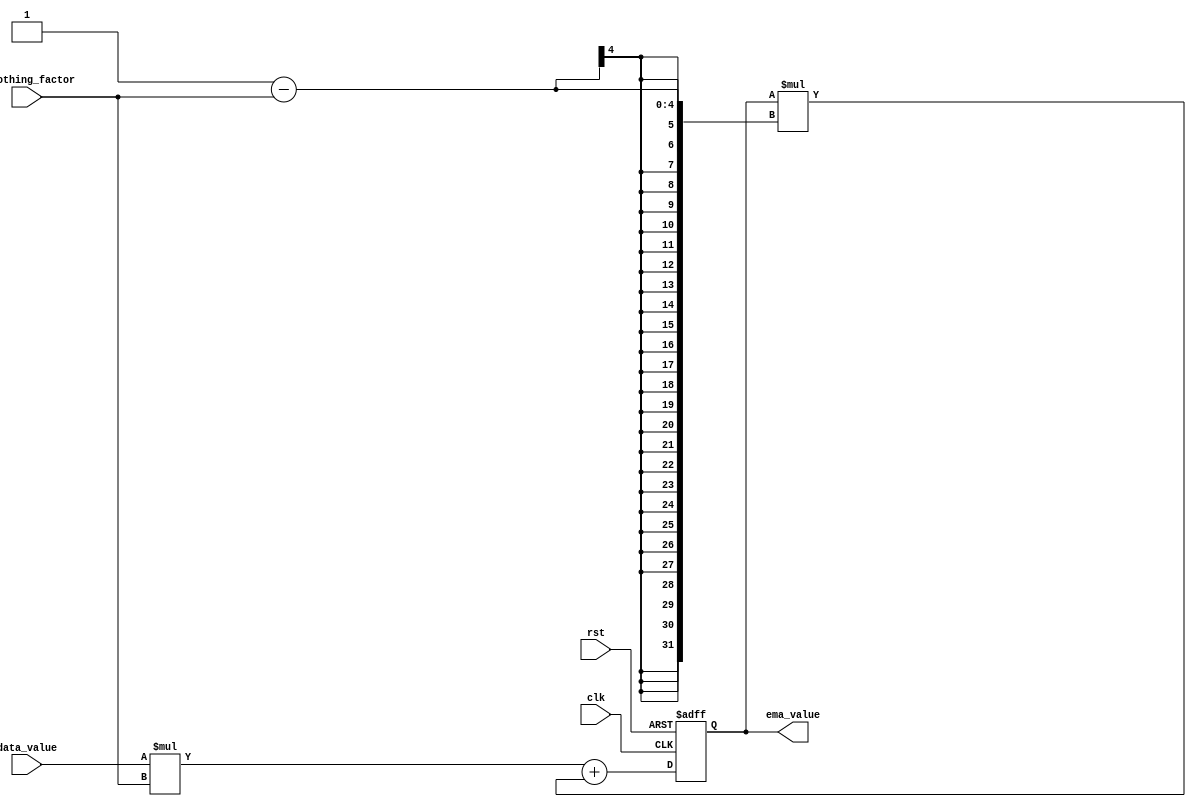
module ema_accumulator (
    input wire clk,
    input wire rst,
    input wire [data_width-1:0] data_value,
    input wire [smoothing_factor_width-1:0] smoothing_factor,
    output wire [data_width-1:0] ema_value
);

parameter data_width = 8; // Width of the data values
parameter smoothing_factor_width = 4; // Width of the smoothing factor

reg [data_width-1:0] ema_value_reg; // Register to hold the current EMA value

always @ (posedge clk or posedge rst)
begin
    if (rst) 
        ema_value_reg <= 0; // Initialize EMA value to 0 on reset
    else
        ema_value_reg <= (data_value * smoothing_factor) + (ema_value_reg * (1 - smoothing_factor)); // Update EMA value based on the formula
end

assign ema_value = ema_value_reg;

endmodule